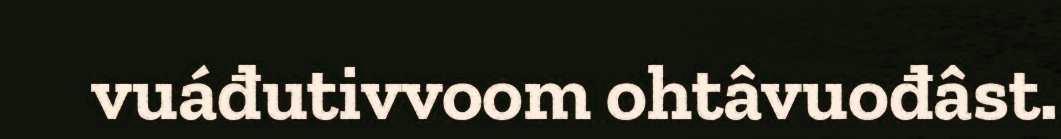
vuáđutivvoom ohtâvuođâst.